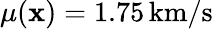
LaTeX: \mu({\mathbf x})=1.75\, \mathrm{km/s}